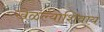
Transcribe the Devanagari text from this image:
खेळल्याशिवाय